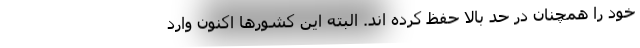
خود را همچنان در حد بالا حفظ کرده اند. البته این کشورها اکنون وارد